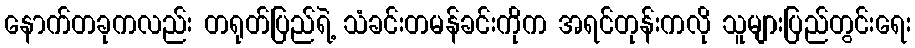
နောက်တခုကလည်း တရုတ်ပြည်ရဲ့ သံခင်းတမန်ခင်းကိုက အရင်တုန်းကလို သူများပြည်တွင်းရေး